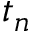
t _ { n }